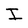
Character: I